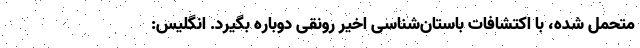
متحمل شده، با اکتشافات باستان‌شناسی اخیر رونقی دوباره بگیرد. انگلیس: